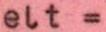
elt =